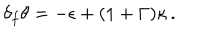
\delta _ { f } \theta = - \epsilon + ( 1 + \Gamma ) \kappa \, .